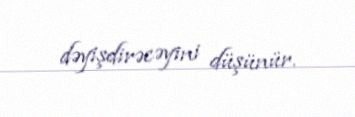
dəyişdirəcəyini düşünür.